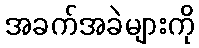
အခက်အခဲများကို